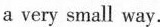
a very small way.